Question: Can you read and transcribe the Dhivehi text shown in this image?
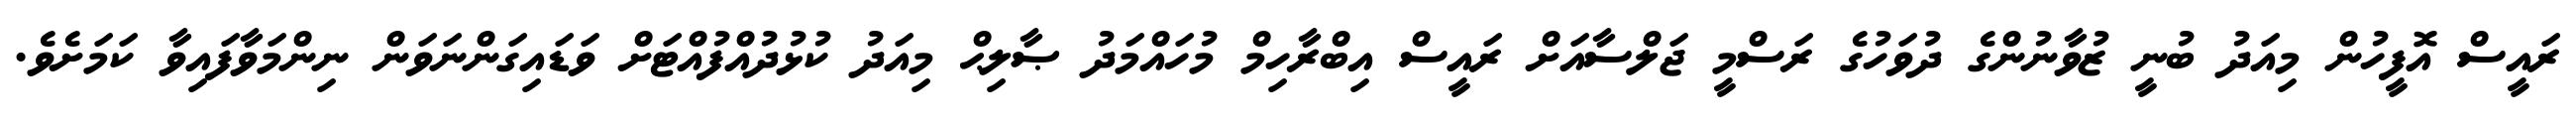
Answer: ރައީސް އޮފީހުން މިއަދު ބުނީ ޒުވާނުންގެ ދުވަހުގެ ރަސްމީ ޖަލްސާއަށް ރައީސް އިބްރާހިމް މުހައްމަދު ޞާލިޙް މިއަދު ކުޅުދުއްފުއްޓަށް ވަޑައިގަންނަވަން ނިންމަވާފައިވާ ކަމަށެވެ.